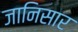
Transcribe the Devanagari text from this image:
जानिसार